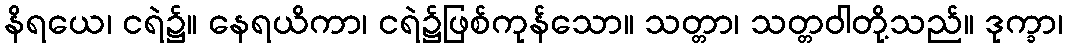
နိရယေ၊ ငရဲ၌။ နေရယိကာ၊ ငရဲ၌ဖြစ်ကုန်သော။ သတ္တာ၊ သတ္တဝါတို့သည်။ ဒုက္ခာ၊